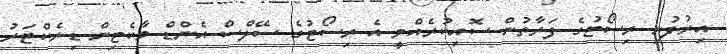
އިރުފުށި ރިސޯޓުގެ ފަރާތުން ސޮއިކުރެއްވީ އެ ރިސޯޓުގެ ސޭލްސް އެންޑް މާކެޓިން ޑިރެކްޓަރު